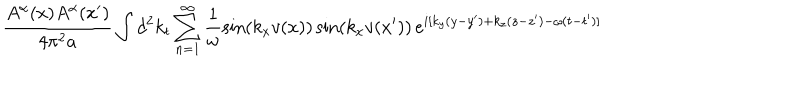
\frac { A ^ { \alpha } ( x ) A ^ { \alpha } ( x ^ { \prime } ) } { 4 \pi ^ { 2 } a } \int d ^ { 2 } k _ { t } \sum _ { n = 1 } ^ { \infty } \frac { 1 } { \omega } \sin ( k _ { x } v ( x ) ) \sin ( k _ { x } v ( x ^ { \prime } ) ) \, e ^ { i [ k _ { y } ( y - y ^ { \prime } ) + k _ { z } ( z - z ^ { \prime } ) - \omega ( t - t ^ { \prime } ) ] }